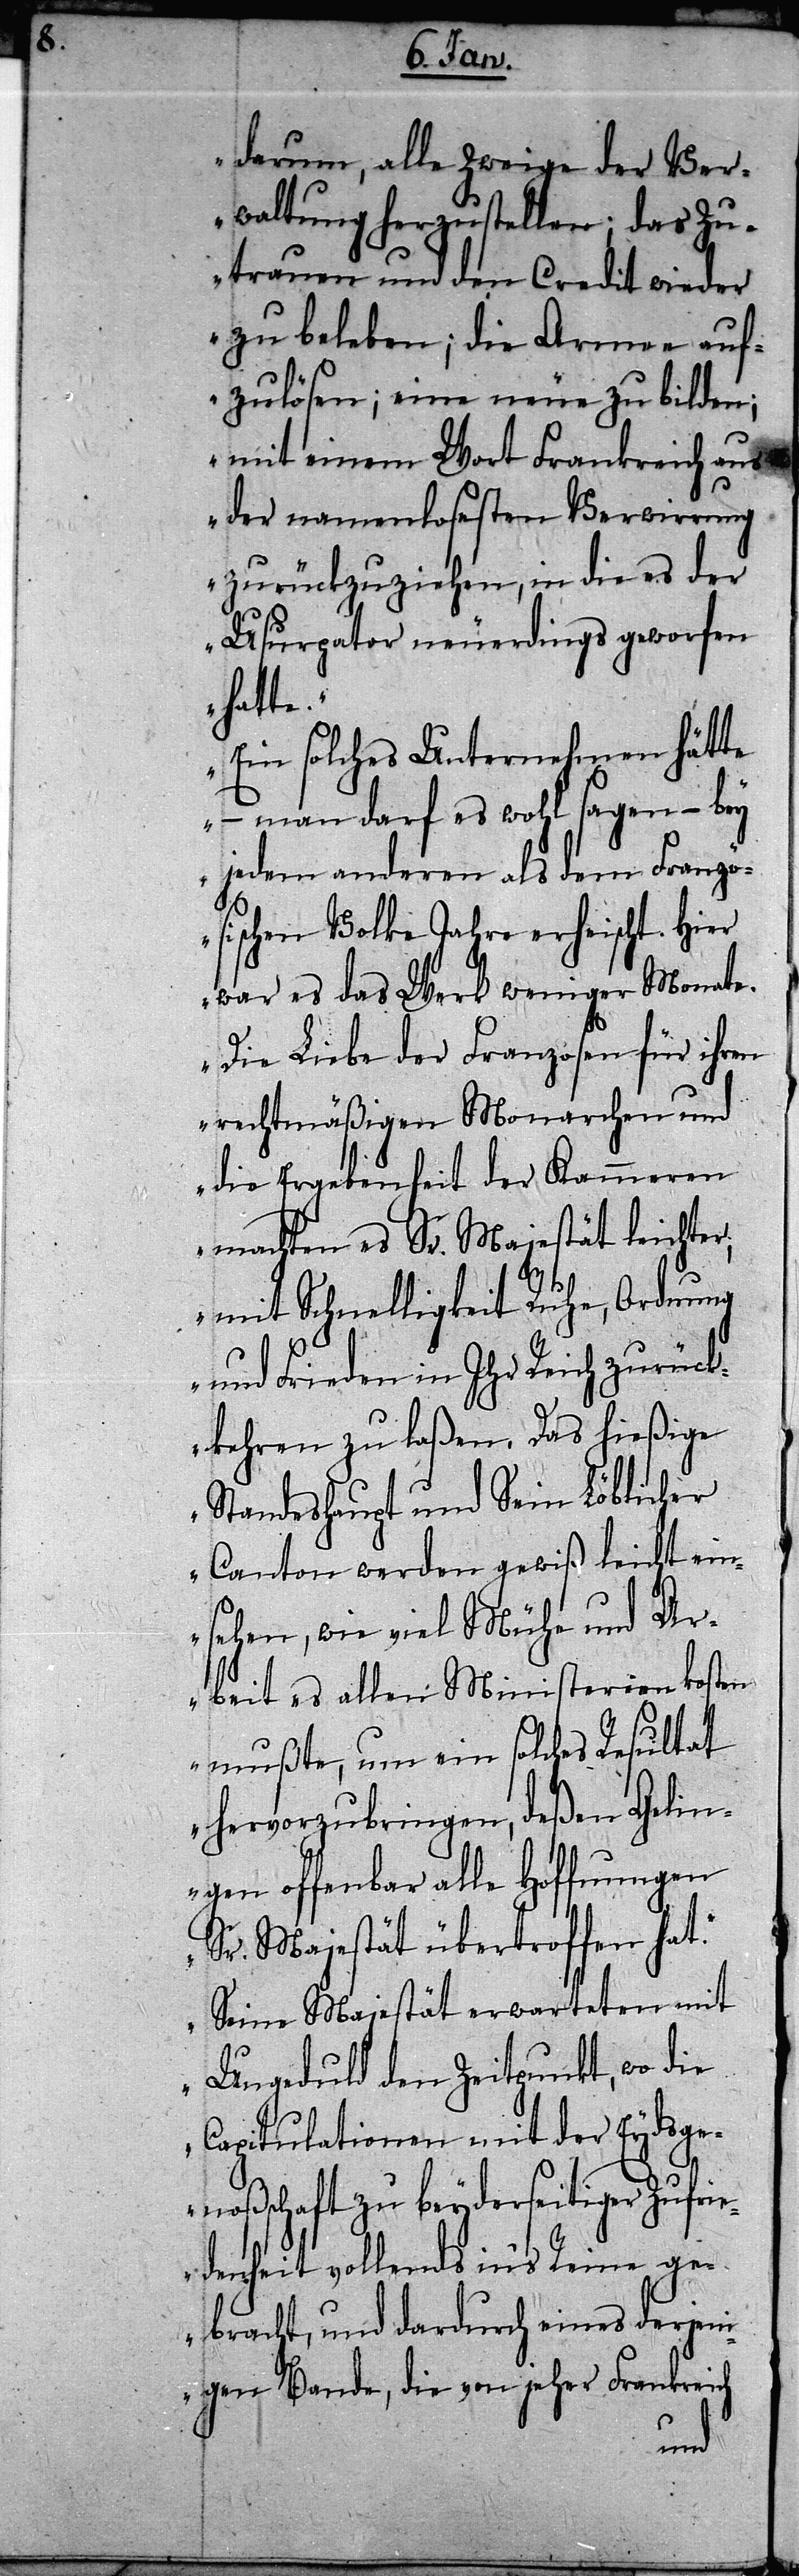
darum, alle Zweige der Ver¬
waltung herzustellen; das Zu¬
trauen und den Credit wieder
zu beleben; die Armee auf¬
zulösen; eine neue zu bilden;
mit einem Wort Frankreich aus
der namenlosesten Verwirrung
zurückzuziehen, in die es der
Usurpator neuerdings geworfen
hatte.“
„Ein solches Unternehmen hätte
– man darf es wohl sagen – bey
jedem anderen als dem Franzö¬
sischen Volke Jahre erheischt. Hier
war es das Werk weniger Monate.
Die Liebe der Franzosen für ihren
rechtmäßigen Monarchen und
die Ergebenheit der Kammeren
machten es Sr. Majestät leichter;
mit Schnelligkeit Ruhe, Ordnung
und Frieden in Ihr Reich zurück¬
kehren zu laßen. Das hießige
Standeshaupt und Sein Löblicher
Canton werden gewiß leicht ein¬
sehen, wie viel Mühe und Ar¬
beit es allen Ministerien kosten
mußte, um ein solches Resultat
hervorzubringen, deßen Gelin¬
gen offenbar alle Hoffnungen
Sr. Majestät übertroffen hat.“
„Seine Majestät erwarteten mit
Ungeduld den Zeitpunkt, wo die
Capitulationen mit der Eydsge¬
noßschaft zu beyderseitiger Zufrie¬
denheit vollends in‘s Reine ge¬
bracht, und dardurch eines derjen¬
igen Bande, die von jeher Frankreich